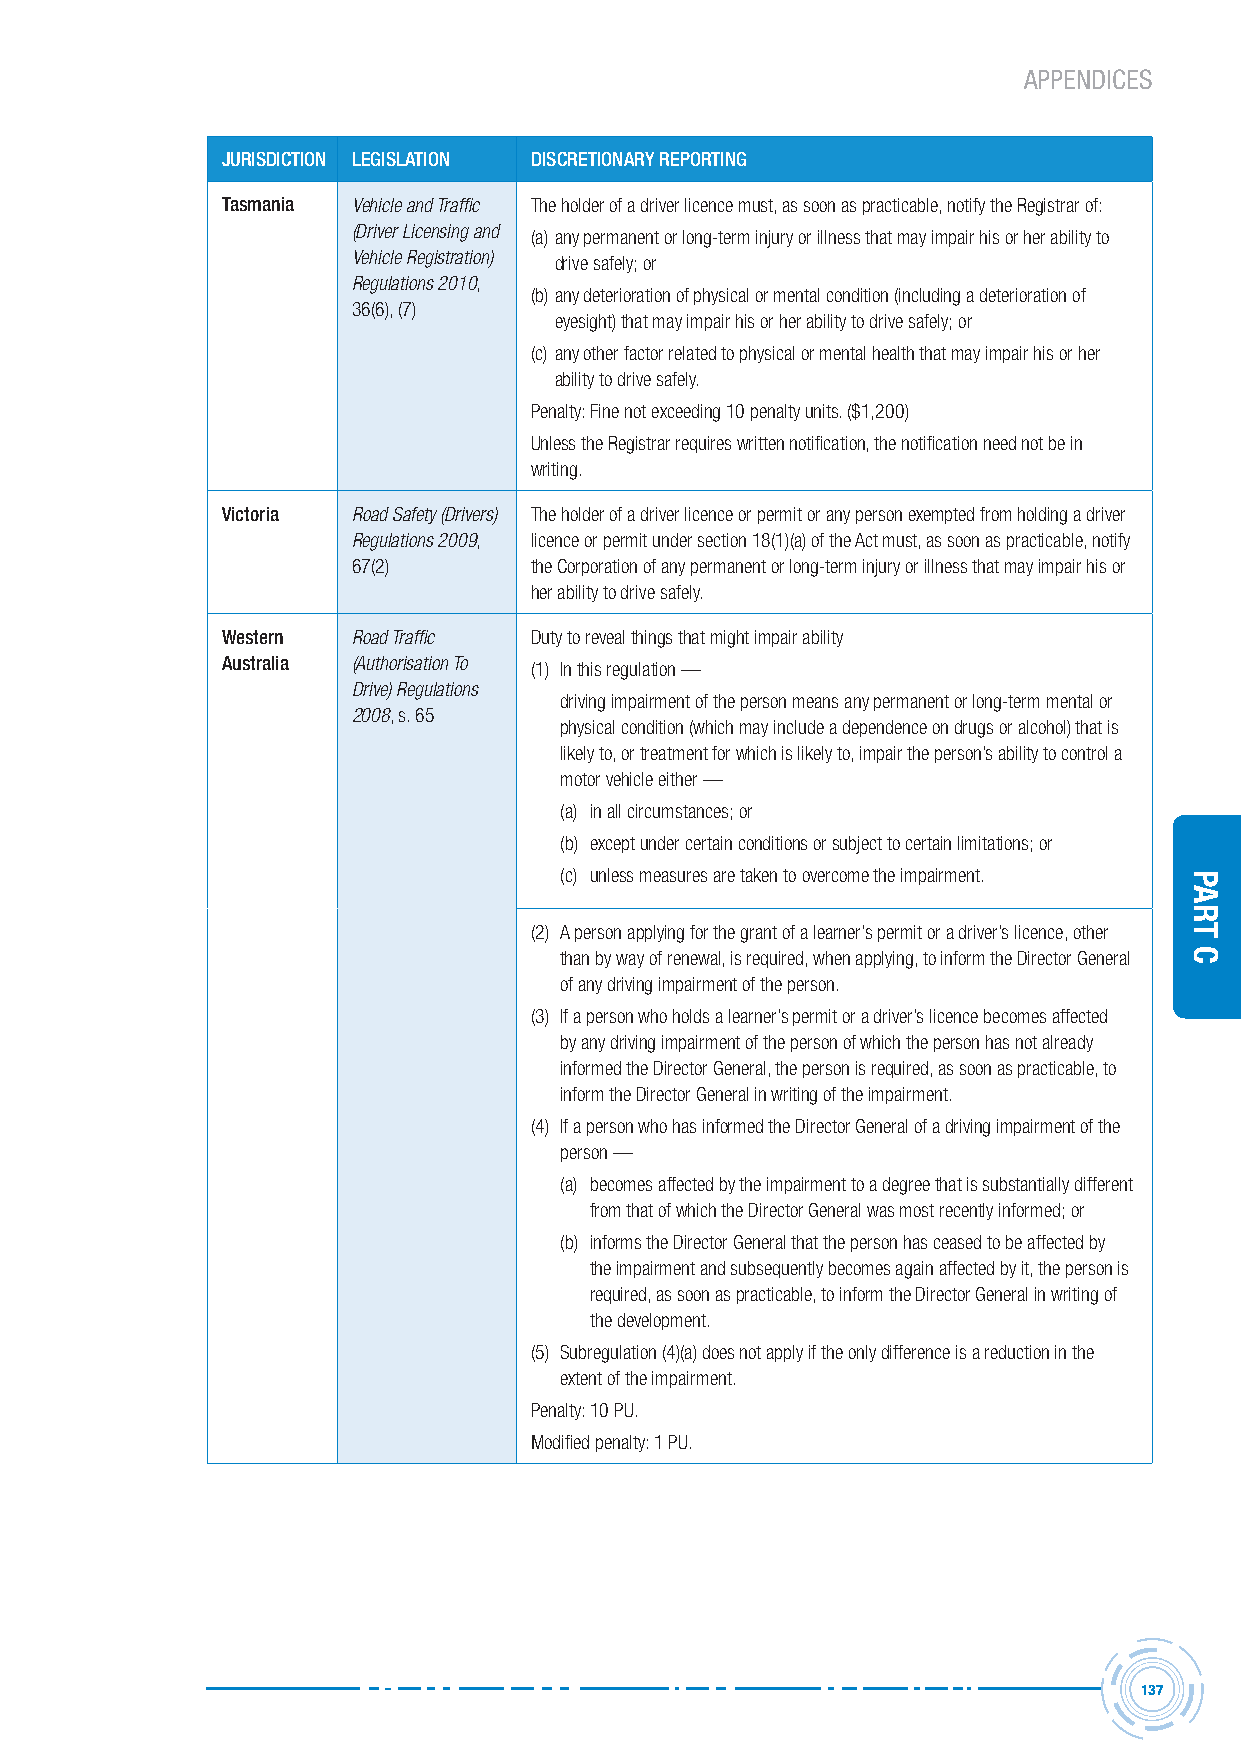
APPENDICES
 JUrisDiction LegisLAtion DiscretionArY rePorting
 tasmania Vehicle and Traffic The holder of a driver licence must, as soon as practicable, notify the Registrar of:
 (Driver Licensing and (a) any permanent or long-term injury or illness that may impair his or her ability to
 Vehicle Registration) drive safely; or
 Regulations 2010,
 (b) any deterioration of physical or mental condition (including a deterioration of
 36(6), (7)
 eyesight) that may impair his or her ability to drive safely; or
 (c) any other factor related to physical or mental health that may impair his or her
 ability to drive safely.
 Penalty: Fine not exceeding 10 penalty units. ($1,200)
 Unless the Registrar requires written notification, the notification need not be in
 writing.
 victoria Road Safety (Drivers) The holder of a driver licence or permit or any person exempted from holding a driver
 Regulations 2009, licence or permit under section 18(1)(a) of the Act must, as soon as practicable, notify
 67(2)       the Corporation of any permanent or long-term injury or illness that may impair his or
 her ability to drive safely.
 Western Road Traffic Duty to reveal things that might impair ability
 Australia (Authorisation To (1) In this regulation —
 Drive) Regulations
 driving impairment of the person means any permanent or long-term mental or
 2008, s. 65
 physical condition (which may include a dependence on drugs or alcohol) that is
 likely to, or treatment for which is likely to, impair the person’s ability to control a
 motor vehicle either —
 (a) in all circumstances; or
 (b) except under certain conditions or subject to certain limitations; or
 (c) unless measures are taken to overcome the impairment.
 (2) A person applying for the grant of a learner’s permit or a driver’s licence, other
 than by way of renewal, is required, when applying, to inform the Director General
 of any driving impairment of the person.
 (3) If a person who holds a learner’s permit or a driver’s licence becomes affected
 by any driving impairment of the person of which the person has not already
 informed the Director General, the person is required, as soon as practicable, to
 inform the Director General in writing of the impairment.
 (4) If a person who has informed the Director General of a driving impairment of the
 person —
 (a) becomes affected by the impairment to a degree that is substantially different
 from that of which the Director General was most recently informed; or
 (b) informs the Director General that the person has ceased to be affected by
 the impairment and subsequently becomes again affected by it, the person is
 required, as soon as practicable, to inform the Director General in writing of
 the development.
 (5) Subregulation (4)(a) does not apply if the only difference is a reduction in the
 extent of the impairment.
 Penalty: 10 PU.
 Modified penalty: 1 PU.
 137
 Part
 C